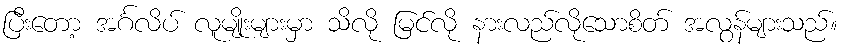
ပြီးတော့ အင်္ဂလိပ် လူမျိုးများမှာ သိလို မြင်လို နားလည်လိုသောစိတ် အလွန်များသည်။